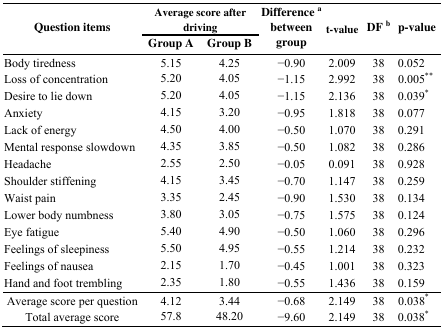
<table><thead><tr><td rowspan="2"><b>Question items</b></td><td colspan="2"><b>Average score after driving</b></td><td rowspan="2"><b>Difference <sup>a</sup> between group</b></td><td rowspan="2"><b>t-value</b></td><td rowspan="2"><b>DF <sup>b</sup></b></td><td rowspan="2"><b>p-value</b></td></tr><tr><td><b>Group A</b></td><td><b>Group B</b></td></tr></thead><tbody><tr><td>Body tiredness</td><td>5.15</td><td>4.25</td><td>−0.90</td><td>2.009</td><td>38</td><td>0.052</td></tr><tr><td>Loss of concentration</td><td>5.20</td><td>4.05</td><td>−1.15</td><td>2.992</td><td>38</td><td>0.005<sup>**</sup></td></tr><tr><td>Desire to lie down</td><td>5.20</td><td>4.05</td><td>−1.15</td><td>2.136</td><td>38</td><td>0.039<sup>*</sup></td></tr><tr><td>Anxiety</td><td>4.15</td><td>3.20</td><td>−0.95</td><td>1.818</td><td>38</td><td>0.077</td></tr><tr><td>Lack of energy</td><td>4.50</td><td>4.00</td><td>−0.50</td><td>1.070</td><td>38</td><td>0.291</td></tr><tr><td>Mental response slowdown</td><td>4.35</td><td>3.85</td><td>−0.50</td><td>1.082</td><td>38</td><td>0.286</td></tr><tr><td>Headache</td><td>2.55</td><td>2.50</td><td>−0.05</td><td>0.091</td><td>38</td><td>0.928</td></tr><tr><td>Shoulder stiffening</td><td>4.15</td><td>3.45</td><td>−0.70</td><td>1.147</td><td>38</td><td>0.259</td></tr><tr><td>Waist pain</td><td>3.35</td><td>2.45</td><td>−0.90</td><td>1.530</td><td>38</td><td>0.134</td></tr><tr><td>Lower body numbness</td><td>3.80</td><td>3.05</td><td>−0.75</td><td>1.575</td><td>38</td><td>0.124</td></tr><tr><td>Eye fatigue</td><td>5.40</td><td>4.90</td><td>−0.50</td><td>1.060</td><td>38</td><td>0.296</td></tr><tr><td>Feelings of sleepiness</td><td>5.50</td><td>4.95</td><td>−0.55</td><td>1.214</td><td>38</td><td>0.232</td></tr><tr><td>Feelings of nausea</td><td>2.15</td><td>1.70</td><td>−0.45</td><td>1.001</td><td>38</td><td>0.323</td></tr><tr><td>Hand and foot trembling</td><td>2.35</td><td>1.80</td><td>−0.55</td><td>1.436</td><td>38</td><td>0.159</td></tr><tr><td>Average score per question</td><td>4.12</td><td>3.44</td><td>−0.68</td><td>2.149</td><td>38</td><td>0.038<sup>*</sup></td></tr><tr><td>Total average score</td><td>57.8</td><td>48.20</td><td>−9.60</td><td>2.149</td><td>38</td><td>0.038<sup>*</sup></td></tr></tbody></table>